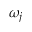
\omega _ { j }